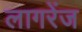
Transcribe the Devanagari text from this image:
लागरेंज